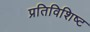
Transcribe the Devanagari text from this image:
प्रतिविशिष्ट